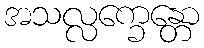
အသလ္လက္ခေန္တော